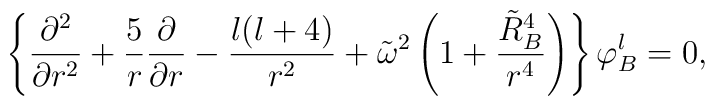
\left \{ { \partial^2 \over {\partial r^2}} + { 5 \over r} {\partial \over {\partial r}}  - {{l(l+4)} \over r^2 } +   \tilde \omega^2 \left ( 1 +    { {\tilde R_B^4} \over r^4} \right )\right \} \varphi^l_B =0,